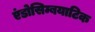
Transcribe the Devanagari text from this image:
एंडोसिम्बयाटिक